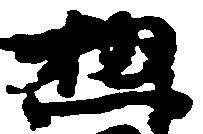
惣